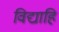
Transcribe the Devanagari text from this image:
विद्याहि